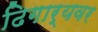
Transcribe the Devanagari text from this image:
ढिगार्‍यवर